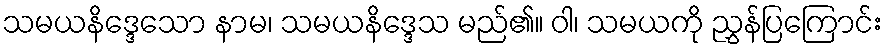
သမယနိဒ္ဒေသော နာမ၊ သမယနိဒ္ဒေသ မည်၏။ ဝါ၊ သမယကို ညွှန်ပြကြောင်း